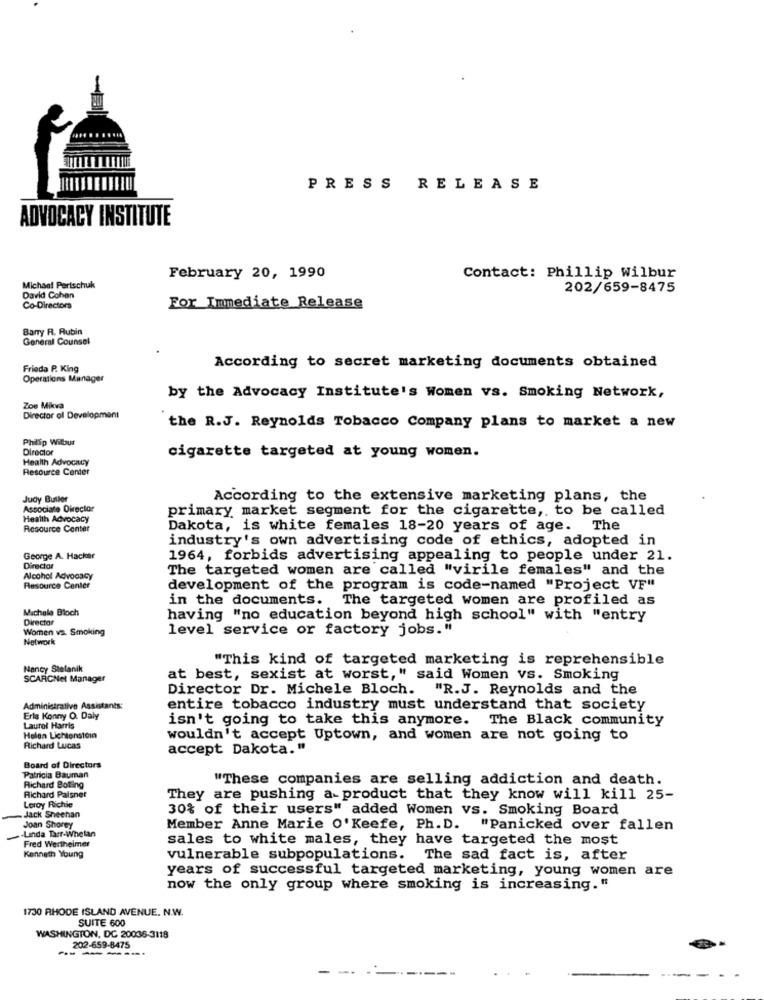
PRESS RELEASE
ADVOCACY INSTITUTE
February 20, 1990
Contact: Phillip Wilbur
Michael Perischuk
202/659-8475
David Cohen
Co-Director
For Immediate Release
Barry R. Aubin
General Counsel
Frieda P. King
According to secret marketing documents obtained
Operations Manager
by the Advocacy Institute's Women vs. Smoking Network,
Zoe Mikva
Director of Development
the R.J. Reynolds Tobacco Company plans to market a new
Philip Willur
Director
Health Advocacy
cigarette targeted at young women.
Resource Center
Judy Butler
According to the extensive marketing plans, the
Associate Director
primary market segment for the cigarette, to be called
Health Advocacy
Resource Center
Dakota, is white females 18-20 years of age. The
industry's own advertising code of ethics, adopted in
George A. Hacker
1964, forbids advertising appealing to people under 21.
Director
The targeted women are called "virile females" and the
Alcohol Advocacy
Resource Center
development of the program is code-named "Project VF"
in the documents.
The targeted women are profiled as
Michele Bloch
Director
having "no education beyond high school" with "entry
Women vs. Smoking
level service or factory jobs."
Network
"This kind of targeted marketing is reprehensible
Nancy Stelanik
SCARCNet Manager
at best, sexist at worst," said Women vs. Smoking
Director Dr. Michele Bloch. "R.J. Reynolds and the
Administrative Assistants:
entire tobacco industry must understand that society
Erla Konny O. Daly
isn't going to take this anymore. The Black community
Laurel Harris
Helen Lichtenstein
wouldn't accept Uptown, and women are not going to
Richard Lucas
accept Dakota."
Board of Directors
Patricia Bauman
"These companies are selling addiction and death.
Richard Boting
Richard Palsnet
Leroy Richie
They are pushing a-product that they know will kill 25-
30% of their users" added Women vs. Smoking Board
Jack Sheehan
Joan Shorey
Member Anne Marie O'Keefe, Ph.D. "Panicked over fallen
-Linda Tarr-Whelan
sales to white males, they have targeted the most
Fred Wertheimer
Kenneth Young
vulnerable subpopulations. The sad fact is, after
years of successful targeted marketing, young women are
now the only group where smoking is increasing."
1730 RHODE ISLAND AVENUE. N.W.
SUITE 600
WASHINGTON, DC 20036-3118
202-659-8475
--- -----
----